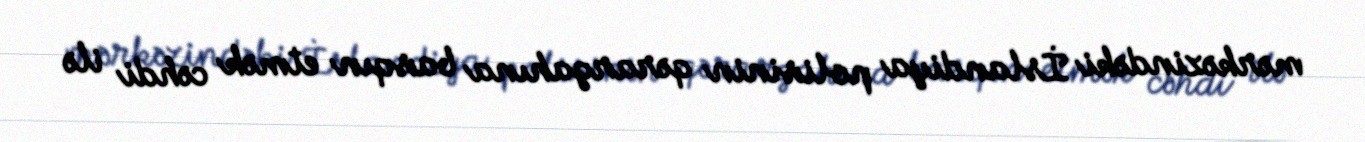
mərkəzindəki İslandiya polisinin qərargahına basqın etmək cəhdi ilə